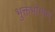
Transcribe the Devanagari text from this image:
भुक्तभोगाम्‌